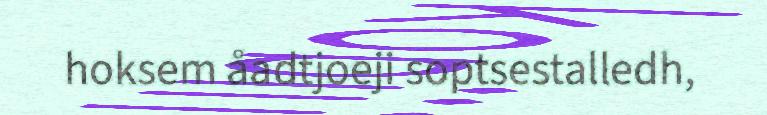
hoksem åadtjoeji soptsestalledh,